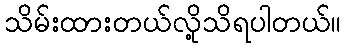
သိမ်းထားတယ်လို့သိရပါတယ်။